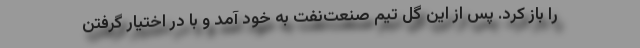
را باز کرد. پس از این گل تیم صنعت‌نفت به خود آمد و با در اختیار گرفتن